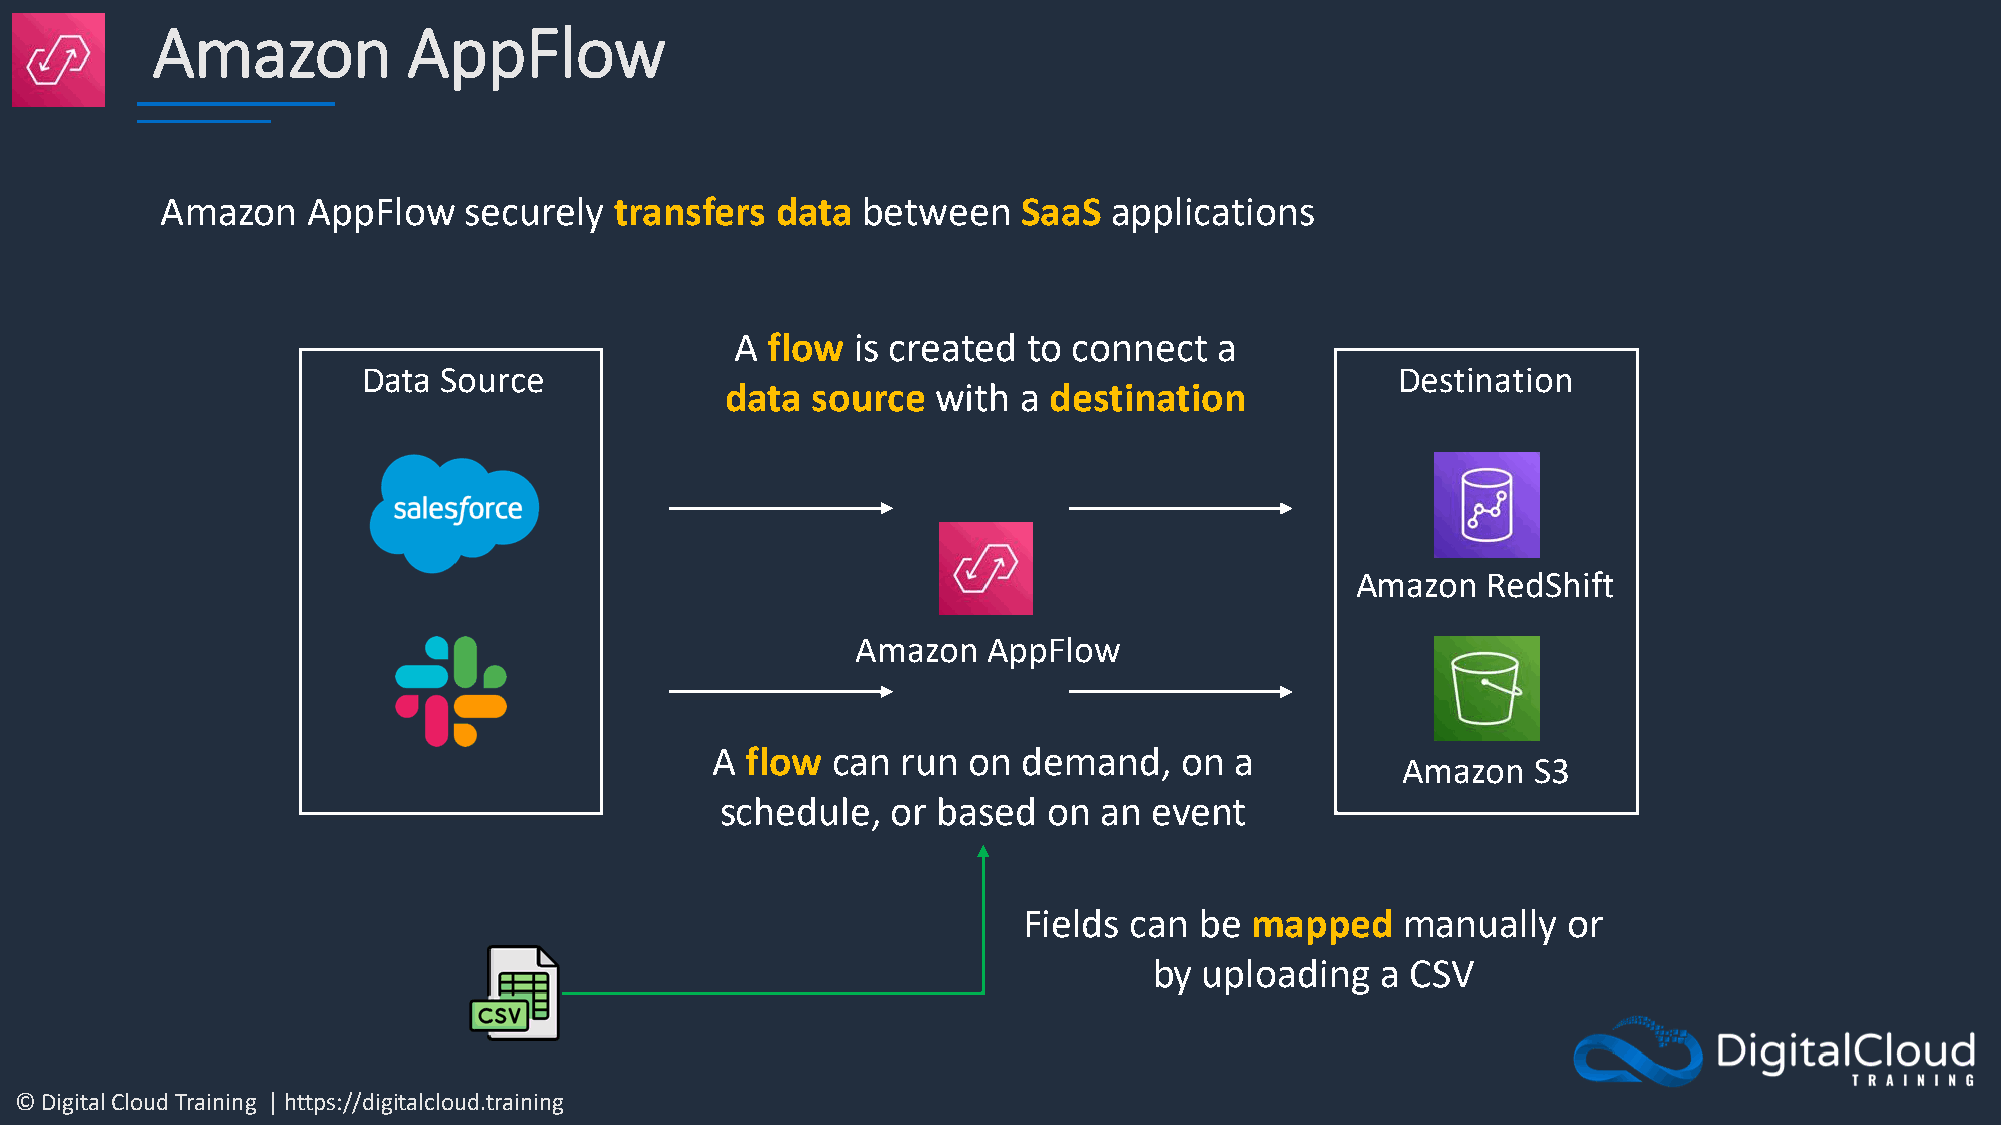
Amazon           AppFlow
 Amazon   AppFlow    securely  transfers data  between    SaaS  applications
 A flow is created  to connect   a
 Data Source                                                          Destination
 data  source  with a destination
 Amazon  RedShift
 Amazon  AppFlow
 A flow  can  run on  demand,   on  a
 Amazon  S3
 schedule,  or based  on  an event
 Fields can be  mapped    manually   or
 by  uploading  a CSV
 © Digital Cloud Training | https://digitalcloud.training